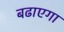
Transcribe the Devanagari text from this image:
बढाएगा